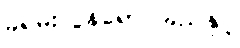
ခရမ်းလွန်ရောင်ခြည်နှင့်